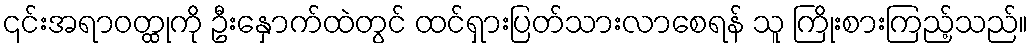
၎င်းအရာဝတ္ထုကို ဦးနှောက်ထဲတွင် ထင်ရှားပြတ်သားလာစေရန် သူ ကြိုးစားကြည့်သည်။